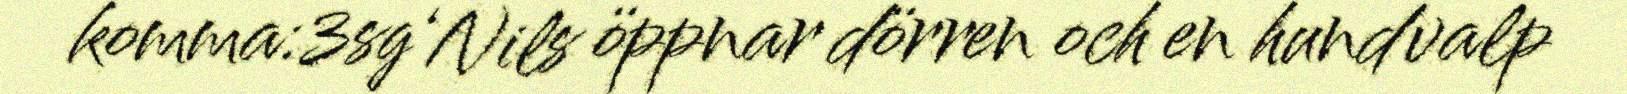
komma:3sg‘Nils öppnar dörren och en hundvalp